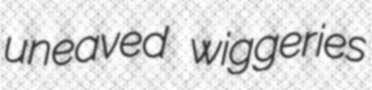
uneaved wiggeries